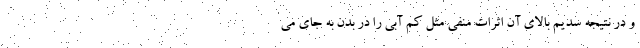
و در نتیجه سدیم بالای آن اثرات منفی مثل کم آبی را در بدن به جای می